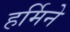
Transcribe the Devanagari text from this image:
हर्मिने